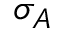
\sigma _ { A }